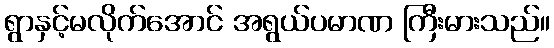
ရွာနှင့်မလိုက်အောင် အရွယ်ပမာဏ ကြီးမားသည်။